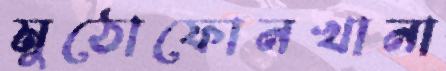
মুঠোফোনখানা